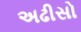
અઢીસો